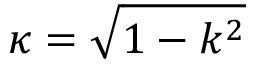
\kappa = \sqrt { 1 - k ^ { 2 } }